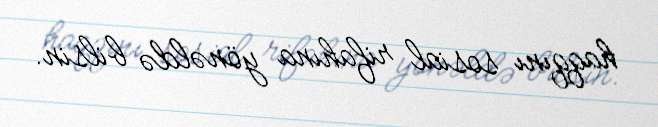
haqqını sosial rifahına yönəldə bilsin.